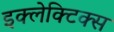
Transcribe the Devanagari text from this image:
इक्लेक्टिक्स